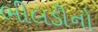
ભીલડીનો